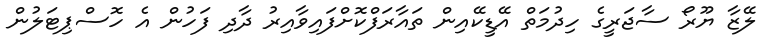
ލޭޒާ ޔޫރޯ ސާޖަރީގެ ހިދުމަތް އޭޑީކޭއިން ތައާރަފްކޮށްފައިވާއިރު ދާދި ފަހުން އެ ހޮސްޕިޓަލުން